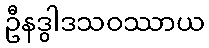
ဦနဒွါဒသဝဿာယ